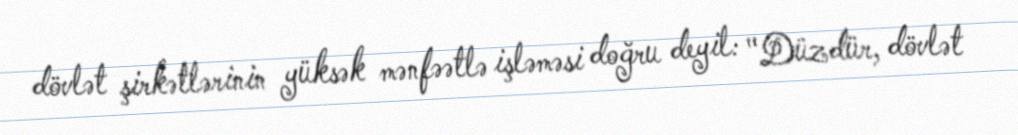
dövlət şirkətlərinin yüksək mənfəətlə işləməsi doğru deyil: "Düzdür, dövlət